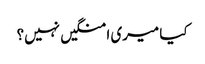
کیا میری امنگیں نہیں؟